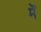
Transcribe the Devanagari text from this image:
मेॆ